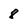
Character: 8